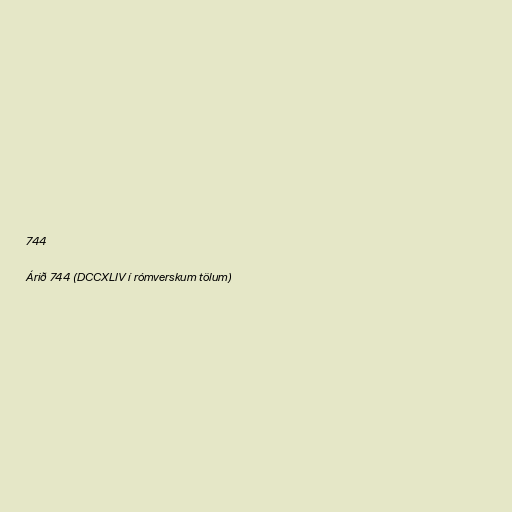
744

Árið 744 (DCCXLIV í rómverskum tölum)